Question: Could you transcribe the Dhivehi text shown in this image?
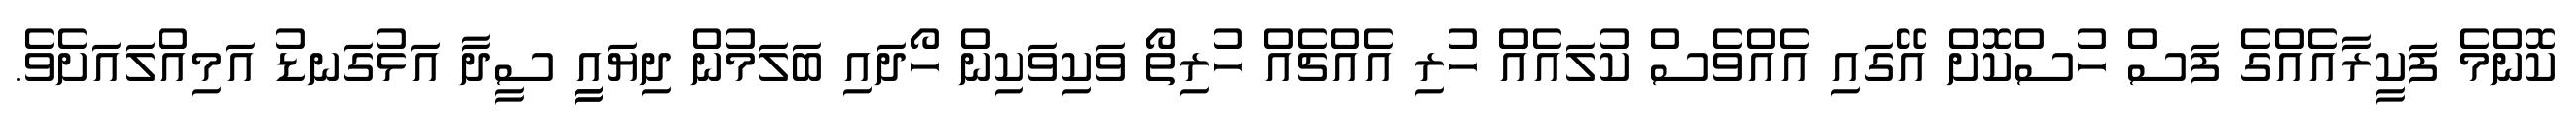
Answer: ކޮންމެ ފަކީރާއެއްގެ ފަސް ހުސްކޮށް އޭގައި އެއްވެސް ކުލައެއް ހުރި އެއްޗެއް ހުރިތޯ ވަކިވަކިން ހޯދައި ބަލަމުން ދިޔައީީ ސީދާ އަޅުގަނޑު އަމިއްލައަށެވެ.